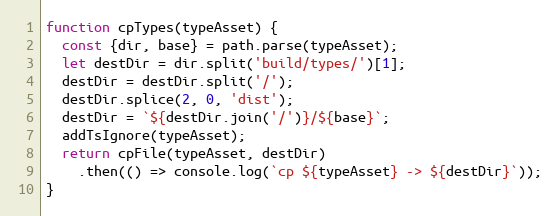
Language: JavaScript
function cpTypes(typeAsset) {
  const {dir, base} = path.parse(typeAsset);
  let destDir = dir.split('build/types/')[1];
  destDir = destDir.split('/');
  destDir.splice(2, 0, 'dist');
  destDir = `${destDir.join('/')}/${base}`;
  addTsIgnore(typeAsset);
  return cpFile(typeAsset, destDir)
    .then(() => console.log(`cp ${typeAsset} -> ${destDir}`));
}